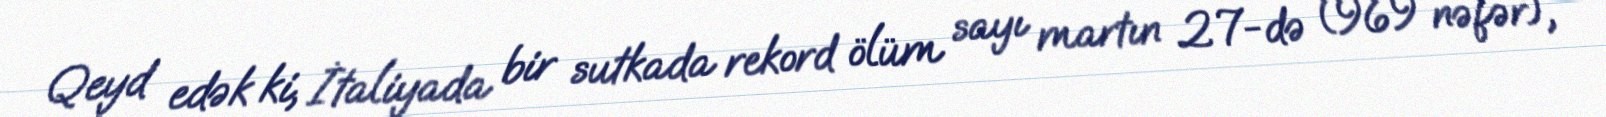
Qeyd edək ki, İtaliyada bir sutkada rekord ölüm sayı martın 27-də (969 nəfər),